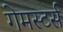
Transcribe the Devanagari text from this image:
गेमस्टर्स